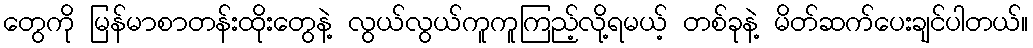
တွေကို မြန်မာစာတန်းထိုးတွေနဲ့ လွယ်လွယ်ကူကူကြည့်လို့ရမယ့် တစ်ခုနဲ့ မိတ်ဆက်ပေးချင်ပါတယ်။